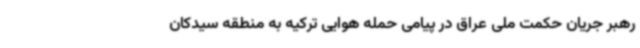
رهبر جریان حکمت ملی عراق در پیامی حمله هوایی ترکیه به منطقه‌ سیدکان